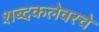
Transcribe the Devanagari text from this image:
शब्दकलेवरचे